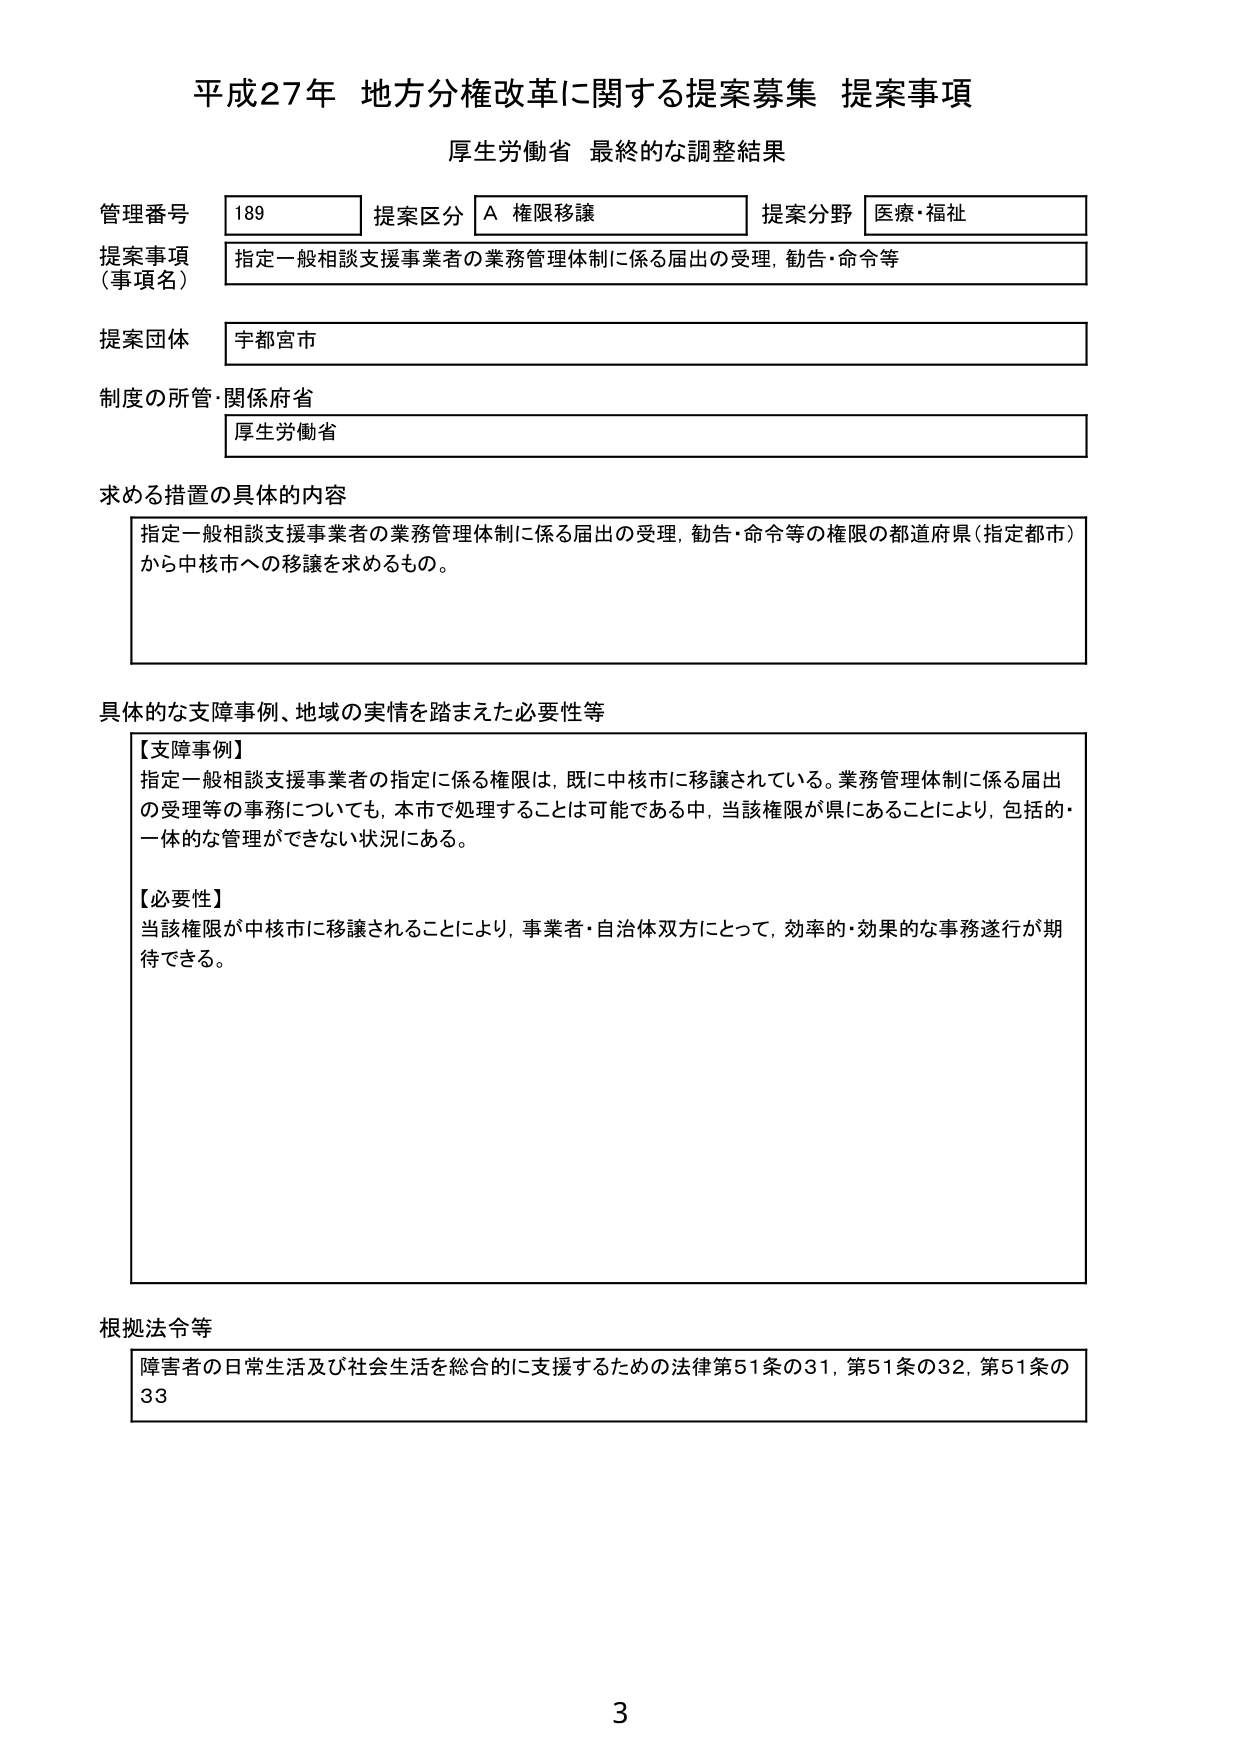
平成27年 地方分権改革に関する提案募集 提案事項
厚生労働省 最終的な調整結果

管理番号 189 提案区分 A 権限移譲 提案分野 医療・福祉
提案事項（事項名） 指定一般相談支援事業者の業務管理体制に係る届出の受理、勧告・命令等
提案団体 宇都宮市
制度の所管・関係府省 厚生労働省

求める措置の具体的内容
指定一般相談支援事業者の業務管理体制に係る届出の受理、勧告・命令等の権限の都道府県（指定都市）から中核市への移譲を求めるもの。

具体的な支障事例、地域の実情を踏まえた必要性等
【支障事例】
指定一般相談支援事業者の指定に係る権限は、既に中核市に移譲されている。業務管理体制に係る届出の受理等の事務についても、本市で処理することは可能である中、当該権限が県にあることにより、包括的・一体的な管理ができない状況にある。

【必要性】
当該権限が中核市に移譲されることにより、事業者・自治体双方にとって、効率的・効果的な事務遂行が期待できる。

根拠法令等
障害者の日常生活及び社会生活を総合的に支援するための法律第51条の31、第51条の32、第51条の33

3